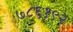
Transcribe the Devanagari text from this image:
७८६१९२